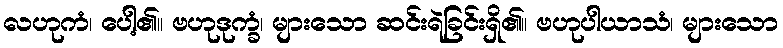
လဟုကံ၊ ပေါ့၏။ ဗဟုဒုက္ခံ၊ များသော ဆင်းရဲခြင်းရှိ၏။ ဗဟုပါယာသံ၊ များသော